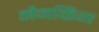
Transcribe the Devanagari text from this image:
नैनकिंग